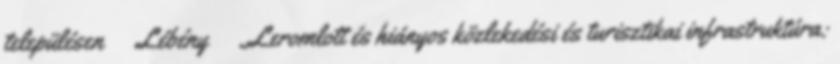
településen ▪Lébény ▪„Leromlott és hiányos közlekedési és turisztikai infrastruktúra: